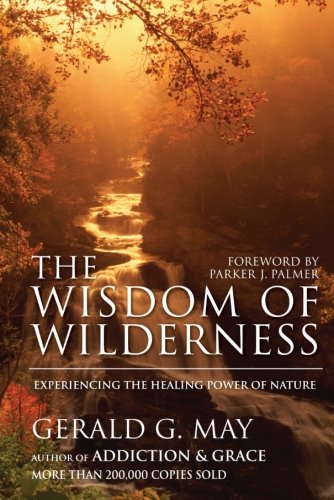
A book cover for The Wisdom of Wilderness: Experiencing the Healing Power of Nature; Gerald G. May; Religion & Spirituality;